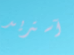
آستريد